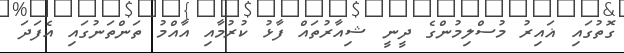
ގޮތުގައި ޣައިރު މުސްލިމުންގެ ދީނީ ޝިއާރުތައް ފާޅު ކުރުމާއި އާއްމު ތަންތަނުގައި އެފަދަ